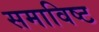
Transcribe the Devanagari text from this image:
समाविष्‍ट